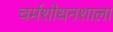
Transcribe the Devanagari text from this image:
चर्मशोधनशाला